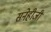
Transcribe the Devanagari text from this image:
सनेहीजी